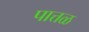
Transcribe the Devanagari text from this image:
पात्तळ